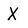
Character: X